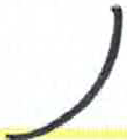
אות: נ